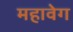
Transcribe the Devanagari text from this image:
महावेग